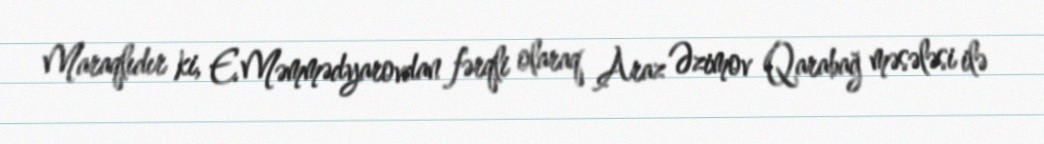
Maraqlıdır ki, E.Məmmədyarovdan fərqli olaraq Araz Əzimov Qarabağ məsələsi ilə